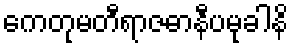
ကေတုမတီရာဇဓာနီပမုခါနိ